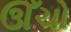
ઊઁચો